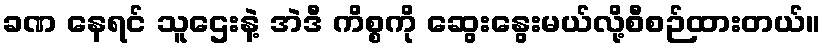
ခဏ နေရင် သူဌေးနဲ့ အဲဒီ ကိစ္စကို ဆွေးနွေးမယ်လို့စီစဉ်ထားတယ်။